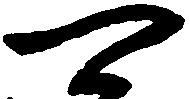
可